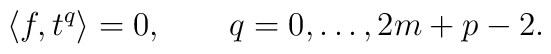
\langle f,t^{q}\rangle =0,\qquad q=0,\dots, 2m+p-2.